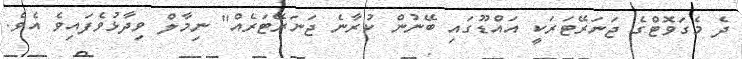
ދެ މެގަވޮޓްގެ ޖަނަރޭޓަރަކީ އައްޑޫގައި ބޭނުން ކުރާނެ ޖަނަރޭޓަރެއް" ނިމާލް ވިދާޅުވެފައިވެ އެވެ.